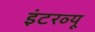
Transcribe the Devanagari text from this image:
इंटरव्‍यू